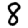
Digit: 8